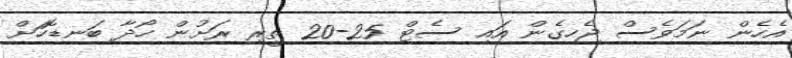
އެހެން ނަމަވެސް ޖެހިގެން އައި ސެޓް 25-20 ތީރި ރަށުން ހޯދާ ބަނޑޮހަށް